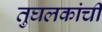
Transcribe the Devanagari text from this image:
तुघलकांची